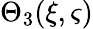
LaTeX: \Theta_{3}(\xi,\varsigma)